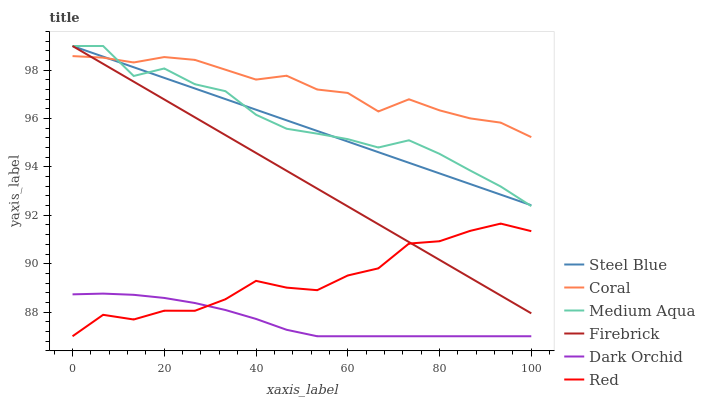
| xaxis_label | Steel Blue | Coral | Medium Aqua | Firebrick | Dark Orchid | Red |
 | --- | --- | --- | --- | --- | --- | --- |
 | 0 | 99 | 98.6 | 99 | 99 | 88.7 | 87 |
 | 6.67 | 98.6 | 98.5 | 99 | 98.3 | 88.8 | 87.9 |
 | 13.3 | 98.1 | 98.3 | 97.8 | 97.5 | 88.7 | 87.7 |
 | 20 | 97.7 | 98.5 | 98.1 | 96.8 | 88.6 | 88.1 |
 | 26.7 | 97.2 | 98.4 | 97.4 | 96.1 | 88.4 | 88.1 |
 | 33.3 | 96.8 | 98 | 97.1 | 95.3 | 88.1 | 88.5 |
 | 40 | 96.4 | 97.6 | 96.2 | 94.6 | 87.7 | 89.3 |
 | 46.7 | 95.9 | 97.8 | 95.6 | 93.8 | 87.3 | 89 |
 | 53.3 | 95.5 | 97.2 | 95.4 | 93.1 | 87 | 88.9 |
 | 60 | 95 | 97.1 | 95.1 | 92.4 | 87 | 89.5 |
 | 66.7 | 94.6 | 96.3 | 94.8 | 91.6 | 87 | 89.8 |
 | 73.3 | 94.2 | 96.8 | 95.1 | 90.9 | 87 | 90.8 |
 | 80 | 93.7 | 96.3 | 94.5 | 90.2 | 87 | 90.9 |
 | 86.7 | 93.3 | 96 | 93.9 | 89.4 | 87 | 91.4 |
 | 93.3 | 92.9 | 95.8 | 93.2 | 88.7 | 87 | 91.7 |
 | 100 | 92.4 | 95.2 | 92.4 | 87.9 | 87 | 91.3 |